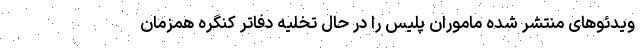
ویدئوهای منتشر شده ماموران پلیس را در حال تخلیه دفاتر کنگره همزمان